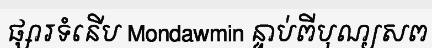
ផ្សារទំនើប Mondawmin ន្ទាប់ពីបុណ្យសព